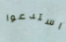
استدعوا